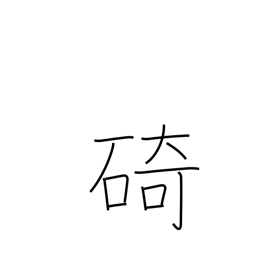
Meaning: cape